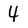
Character: 4